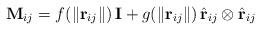
LaTeX: \begin{align*}\mathbf{M}_{ij} = f(\| \mathbf{r}_{ij} \|) \, \mathbf{I} + g(\| \mathbf{r}_{ij} \|) \, \hat{\mathbf{r}}_{ij} \otimes \hat{\mathbf{r}}_{ij} \end{align*}